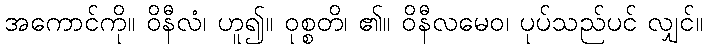
အကောင်ကို။ ဝိနီလံ၊ ဟူ၍။ ဝုစ္စတိ၊ ၏။ ဝိနီလမေဝ၊ ပုပ်သည်ပင် လျှင်။